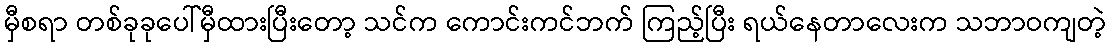
မှီစရာ တစ်ခုခုပေါ်မှီထားပြီးတော့ သင်က ကောင်းကင်ဘက် ကြည့်ပြီး ရယ်နေတာလေးက သဘာဝကျတဲ့